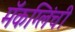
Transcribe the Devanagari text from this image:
मॅकग्लिंची